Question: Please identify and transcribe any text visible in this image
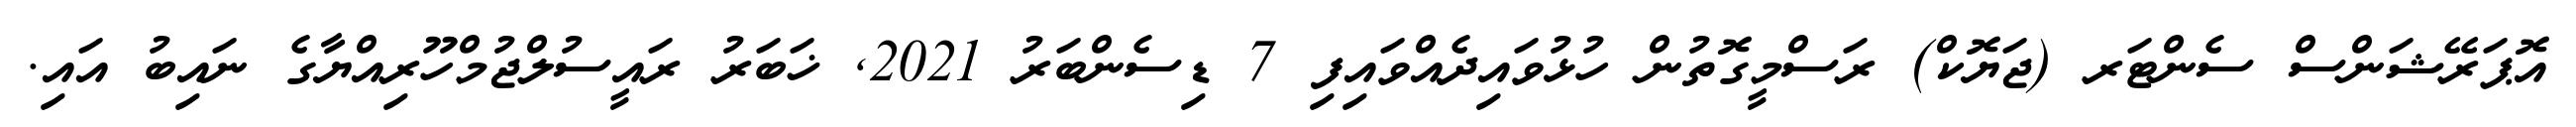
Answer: އޮޕަރޭޝަންސް ސެންޓަރ (ޖަޔޮކް) ރަސްމީގޮތުން ހުޅުވައިދެއްވައިފި 7 ޑިސެންބަރު 2021, ޚަބަރު ރައީސުލްޖުމްހޫރިއްޔާގެ ނައިބު އައި.